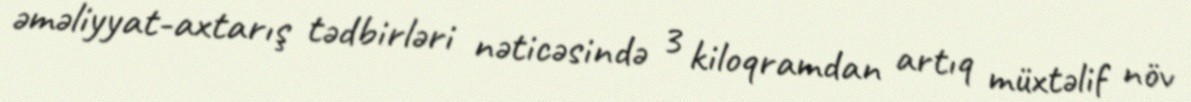
əməliyyat-axtarış tədbirləri nəticəsində 3 kiloqramdan artıq müxtəlif növ